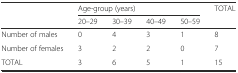
| <ROWSPAN=2>  | <COLSPAN=4> Age-group (years) | <ROWSPAN=2> TOTAL |
 | 20–29 | 30–39 | 40–49 | 50–59 |
 | --- | --- | --- | --- | --- | --- |
 | Number of males | 0 | 4 | 3 | 1 | 8 |
 | Number of females | 3 | 2 | 2 | 0 | 7 |
 | TOTAL | 3 | 6 | 5 | 1 | 15 |